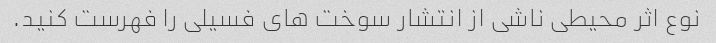
نوع اثر محیطی ناشی از انتشار سوخت های فسیلی را فهرست کنید.